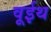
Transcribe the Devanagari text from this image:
वूईथ